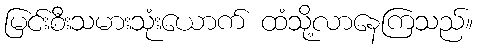
မြင်းစီးသမားသုံးယောက် ထံသို့လာနေကြသည်။